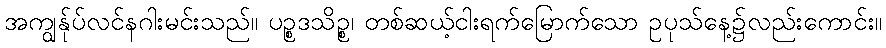
အကျွန်ုပ်လင်နဂါးမင်းသည်။ ပဉ္စဒသိဉ္စ၊ တစ်ဆယ့်ငါးရက်မြောက်သော ဥပုသ်နေ့၌လည်းကောင်း။